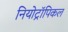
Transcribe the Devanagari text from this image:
नियोट्रॉपिकल